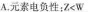
A.元素电负性：$$Z < W$$